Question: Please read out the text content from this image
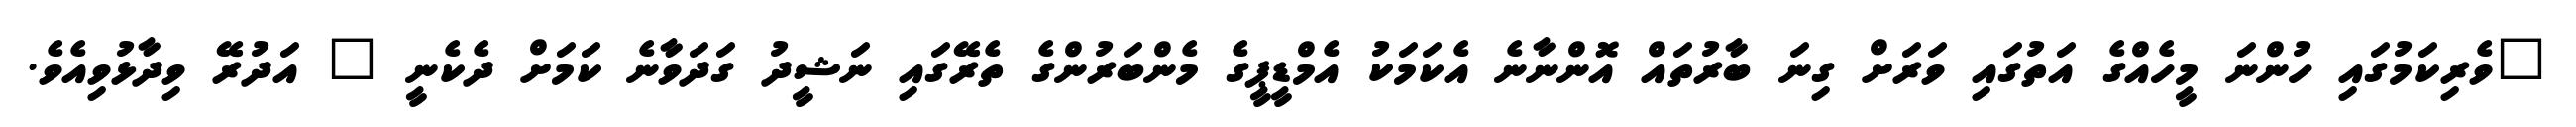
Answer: "ވެރިކަމުގައި ހުންނަ މީހެއްގެ އަތުގައި ވަރަށް ގިނަ ބާރުތައް އޮންނާނެ އެކަމަކު އެމްޑީޕީގެ މެންބަރުންގެ ތެރޭގައި ނަޝީދު ގަދަވާނެ ކަމަށް ދެކެނީ " އަދުރޭ ވިދާޅުވިއެވެ.